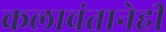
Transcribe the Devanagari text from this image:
कलावंतानेही